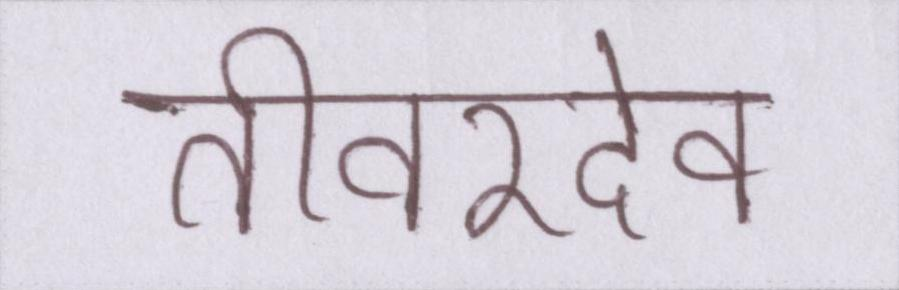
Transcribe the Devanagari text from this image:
तीवरदेव